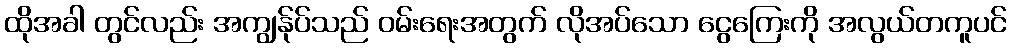
ထိုအခါ တွင်လည်း အကျွန်ုပ်သည် ဝမ်းရေးအတွက် လိုအပ်သော ငွေကြေးကို အလွယ်တကူပင်